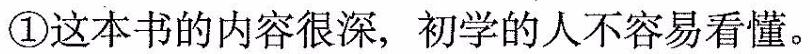
①这本书的内容很深，初学的人不容易看懂。